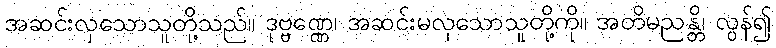
အဆင်းလှသောသူတို့သည်။ ဒုဗ္ဗဏ္ဏေ၊ အဆင်းမလှသောသူတို့ကို။ အတိမညန္တိ၊ လွန်၍